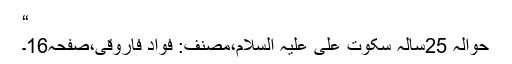
“
حوالہ 25سالہ سکوتِ علی علیہ السلام،مصنف: فواد فاروقی،صفحہ16۔